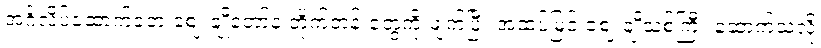
အင်္ဂလိပ်ဆောက်ခဲ့တဲ့ ဈေးချိုတော်နဲ့ တိုက်တန်းတွေကို ဖျက်ပြီး အထပ်မြင့် ဈေးချိုသစ်ကြီး ဆောက်သလို